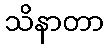
သိနာတာ